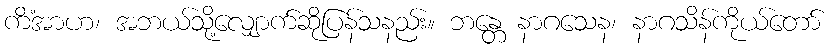
ကိံအာဟ၊ အဘယ်သို့လျှောက်ဆိုပြန်သနည်း။ ဘန္တေ နာဂသေန၊ နာဂသိန်ကိုယ်တော်